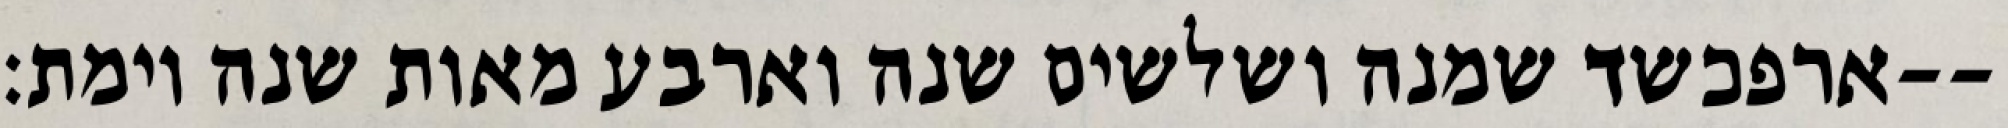
ארפכשד שמנה ושלשים שנה וארבע מאות שנה וימת׃--